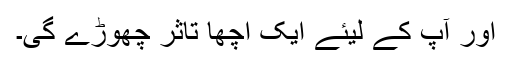
اور آپ کے لیئے ایک اچھا تاثر چھوڑے گی۔